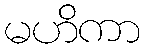
မဟိကာ